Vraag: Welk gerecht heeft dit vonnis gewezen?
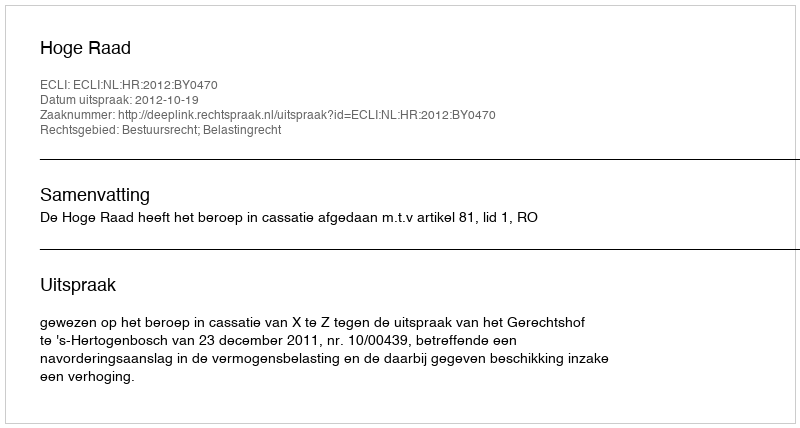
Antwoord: Hoge Raad